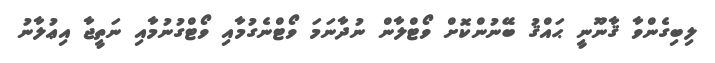
ލިބިގެންވާ ޤާނޫނީ ޙައްޤު ބޭނުންކޮށް ވޯޓްލާން ނުދާނަމަ ވޯޓްނެގުމާއި ވޯޓްގުނުމާއި ނަތީޖާ އިޢުލާނު